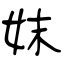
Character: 妺